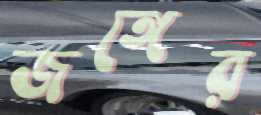
জঙ্গের